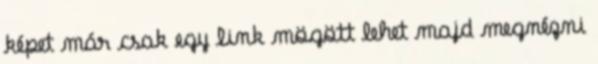
képet már csak egy link mögött lehet majd megnézni